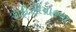
કાદીસીયાહના